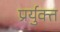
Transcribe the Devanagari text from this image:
प्रर्युक्त